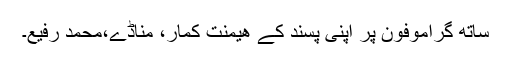
ساتھ گراموفون پر اپنی پسند کے ھیمنت کمار، مناڈے،محمد رفیع۔